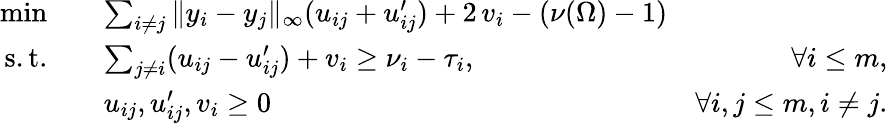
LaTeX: \begin{array}{rlr}{\operatorname*{min}\quad}&{\sum_{i\neq j}\| y_{i}-y_{j}\| _{\infty}(u_{ij}+u_{ij}^{\prime})+2\, v_{i}-\left(\nu(\Omega)-1\right)}\\ {\mathrm{s.t.}\quad}&{\sum_{j\neq i}(u_{ij}-u_{ij}^{\prime})+v_{i}\geq\nu_{i}-\tau_{i},}&{\forall{i\leq m},}\\ &{u_{ij},u_{ij}^{\prime},v_{i}\geq 0}&{\forall i,j\leq m,i\not=j.}\end{array}